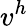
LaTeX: v^{h}